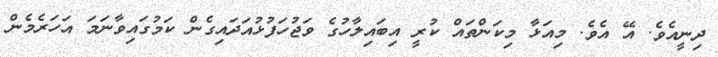
ދިނީއެވެ. އޭ އެވެ. މިއަޅާ މިކަންތައް ކުރީ އިބައިލާހުގެ ވަޖުހަފުޅުއަދައިގެން ކަމުގައިވާނަމަ އަހަރެމެން